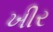
ખીર